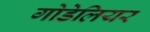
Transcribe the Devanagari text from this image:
गोडेलियर